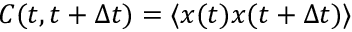
C ( t , t + \Delta t ) = \langle x ( t ) x ( t + \Delta t ) \rangle